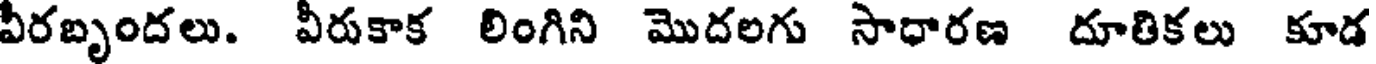
వీరబృందలు. వీరుకాక లింగిని మొదలగు సాధారణ దూతికలు కూడ